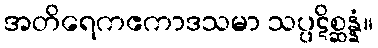
အတိရေကဧကာဒသမာ သပ္ပဋိစ္ဆန္နံ။